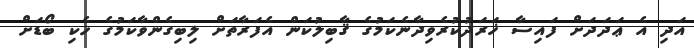
އަދި އެ ޢަދަދަށް ފައިސާ ޚަރަދުކުރެވިދާނެކަމުގެ ޤާބިލުކަން އެފަރާތަށް ލިބިގެންވާކަމުގެ ހެކި ބޯޑަށް